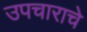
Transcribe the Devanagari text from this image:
उपचाराचे